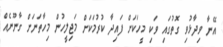
އޭނާ ވިދާޅުވި ގޮތުގައި ވަކި މީހަކަށް ފައިދާ ކުރުމަކަށް މަޖިލީހުން މިހާތަނަށް ގާނޫނެއް